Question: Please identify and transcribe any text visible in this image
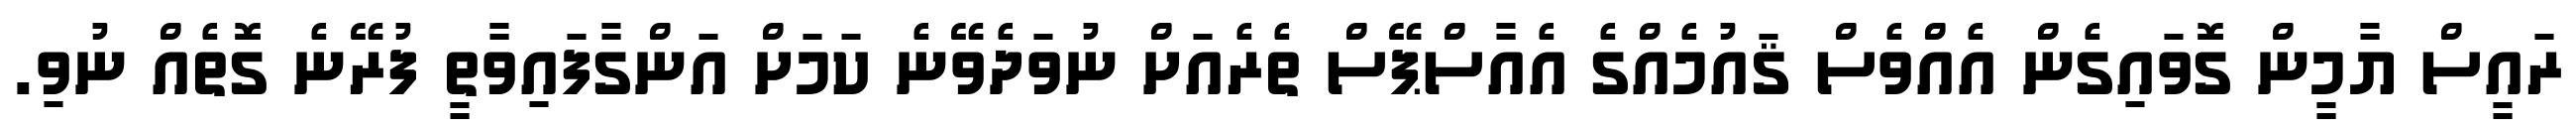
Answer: ރައީސް ޔާމީން ގޮވައިގެން އެއްވެސް ޤައުމެއްގެ އެއާސްޕޭސް ތެރެއަށް ނުވަދެވޭނެ ކަމަށް އަންގާފައިވާތީ ފުރޭނެ ގޮތެއް ނުވި.